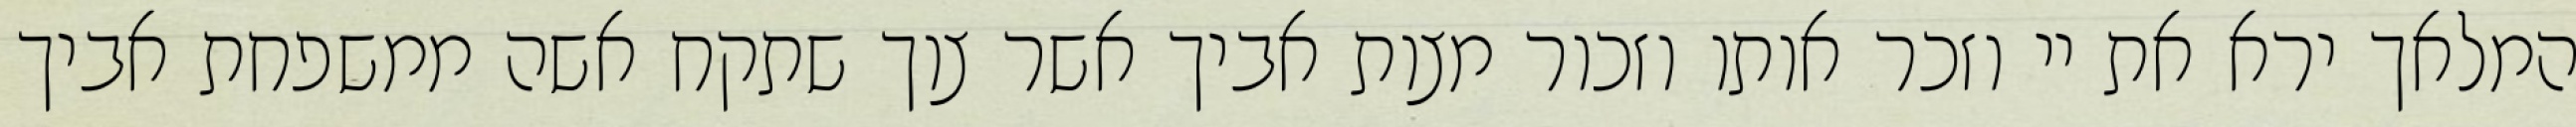
המלאך ירא את יי וזכר אותו וזכור מצות אביך אשר צוך שתקח אשה ממשפחת אביך